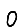
Digit: 0